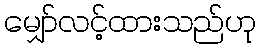
မျှော်လင့်ထားသည်ဟု